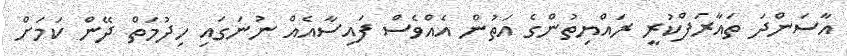
އާސަންދަ ތައާރަފްކުރީ ރައްޔިތުންގެ އަތުން އެއްވެސް ފައިސާއެއް ނުނަގައި ހިދުމަތް ދޭން ކަމަށް